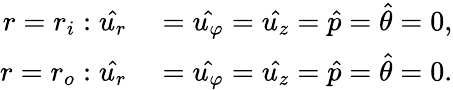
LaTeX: \begin{array}{rl}{r=r_{i}:\hat{u_{r}}}&{{}=\hat{u_{\varphi}}=\hat{u_{z}}=\hat{p}=\hat{\theta}=0,}\\ {r=r_{o}:\hat{u_{r}}}&{{}=\hat{u_{\varphi}}=\hat{u_{z}}=\hat{p}=\hat{\theta}=0.}\end{array}